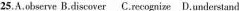
25.A.observe B.discover C.recognize D.understand